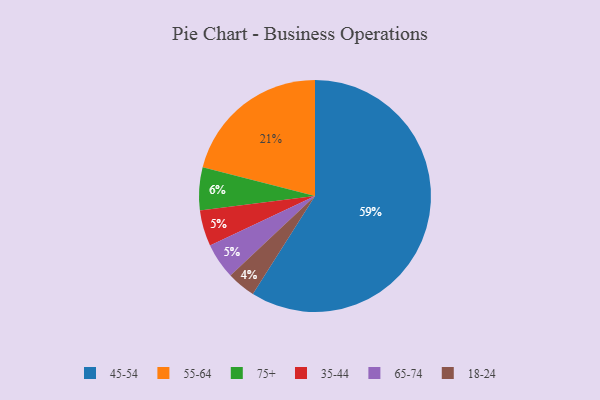
{"axis": {"x": "Category", "y": "Percentage"}, "legend": ["18-24", "35-44", "45-54", "55-64", "65-74", "75+"], "data": [{"x": "55-64", "y": 21, "type": "55-64"}, {"x": "45-54", "y": 59, "type": "45-54"}, {"x": "35-44", "y": 5, "type": "35-44"}, {"x": "75+", "y": 6, "type": "75+"}, {"x": "18-24", "y": 4, "type": "18-24"}, {"x": "65-74", "y": 5, "type": "65-74"}]}